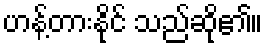
ဟန့်တားနိုင် သည်ဆို၏။